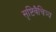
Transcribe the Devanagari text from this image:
सृष्टिवैचित्र्य